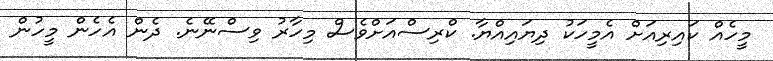
މީހެއް ކައިރިއަށް އެމީހަކު ދިޔައިއްޔާ. ކްރިސްއަށްވެސް މިހާރު ވިސްނޭނެ. ދެން އެހެން މީހުން